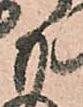
も